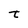
Character: t